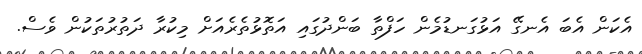
އެކަން އެބަ އެނގޭ އަޅުގަނޑުމެން ހަފްތާ ބަންދުގައި އަތޮޅުތެރެއަށް މިކުރާ ދަތުރުތަކުން ވެސް.